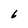
Character: 6